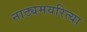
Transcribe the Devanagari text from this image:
नाट्यमयरित्या